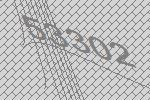
53302